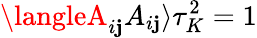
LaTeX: \langleA_{i\mathbf{j}}A_{i\mathbf{j}}\rangle\tau_{K}^{2}=1